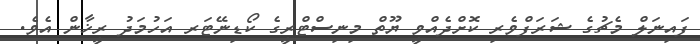
ފައިނަލް މެޗުގެ ޝަރަފްވެރި ކޮށްދެއްވީ ޔޫތް މިނިސްޓްރީގެ ކޯޑިނޭޓަރ އަހުމަދު ރީޚާން އެވެ.